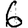
Digit: 6